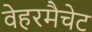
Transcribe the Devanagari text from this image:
वेहरमैचेट